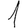
Digit: 1